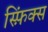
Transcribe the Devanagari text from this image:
स्फ़िंक्स